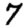
Digit: 7